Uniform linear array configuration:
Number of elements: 8
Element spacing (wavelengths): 0.25
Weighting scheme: binomial
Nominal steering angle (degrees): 15
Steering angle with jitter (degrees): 14.845
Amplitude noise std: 0.05
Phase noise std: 0.05

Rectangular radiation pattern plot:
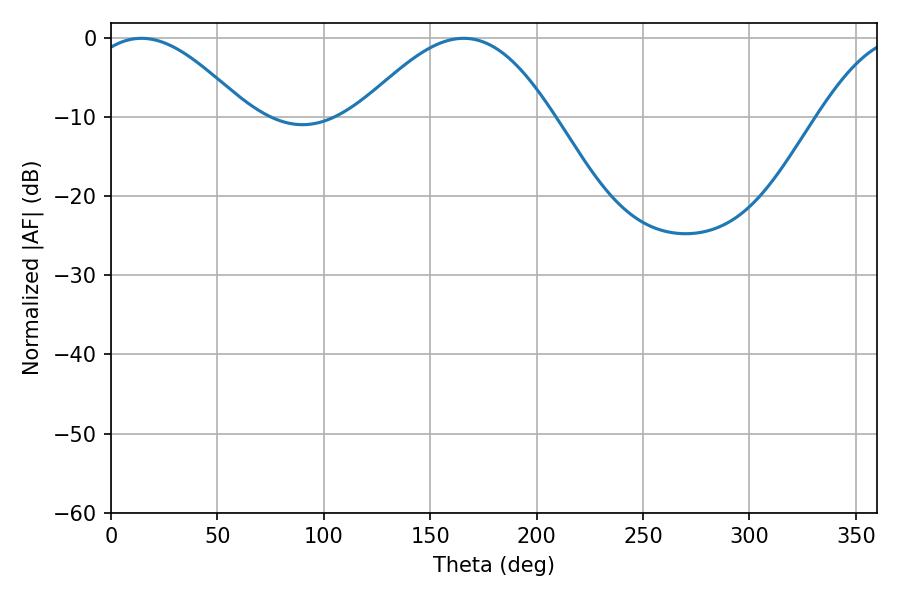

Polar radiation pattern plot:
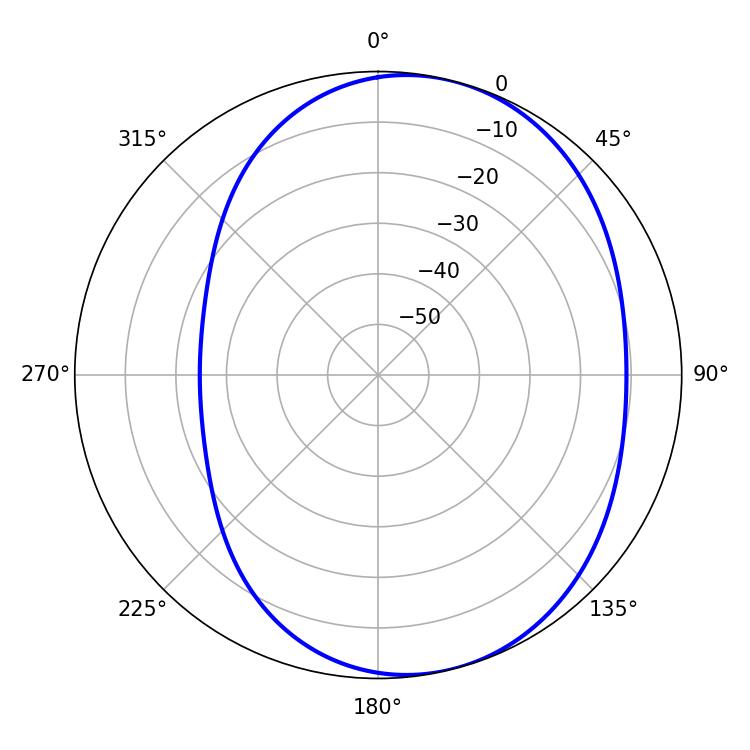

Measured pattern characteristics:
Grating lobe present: FALSE
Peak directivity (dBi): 5.574
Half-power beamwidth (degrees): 40.32
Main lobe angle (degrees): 14.22